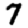
Digit: 7